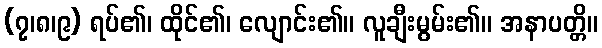
(၇၊၈၊၉) ရပ်၏၊ ထိုင်၏၊ လျောင်း၏။ လူချီးမွမ်း၏။ အနာပတ္တိ။